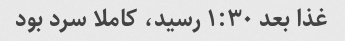
غذا بعد ۱:۳۰ رسید، کاملا سرد بود